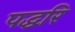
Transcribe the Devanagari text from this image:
पद्धरि